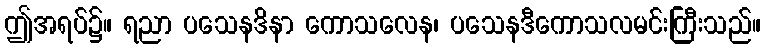
ဤအရပ်၌။ ရညာ ပသေနဒိနာ ကောသလေန၊ ပသေနဒီကောသလမင်းကြီးသည်။